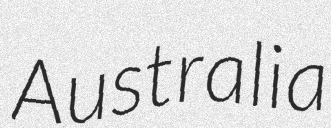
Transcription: Australia